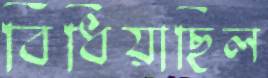
বিঁধিয়াছিল